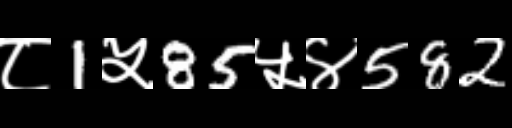
Text: ८1५85५४582